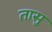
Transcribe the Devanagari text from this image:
तासु